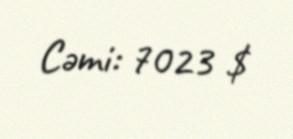
Cəmi: 7023 $